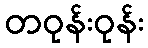
တဝုန်းဝုန်း